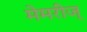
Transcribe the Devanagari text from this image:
मेमरीज्